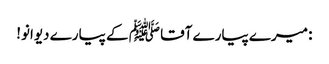
: میرے پیارے آقا ﷺ کے پیارے دیوانو!